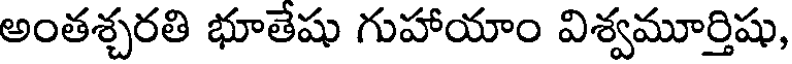
అంతశ్చరతి భూతేషు గుహాయాం విశ్వమూర్తిషు,